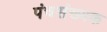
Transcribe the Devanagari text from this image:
पंचसंख्यक